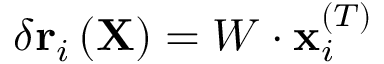
\delta \mathbf { r } _ { i } \left( \mathbf { X } \right) = W \cdot \mathbf { x } _ { i } ^ { ( T ) }